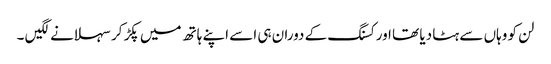
لن کو وہاں سے ہٹا دیا تھا اور کسنگ کے دوران ہی اسے اپنے ہاتھ میں پکڑ کر سہلانے لگیں ۔